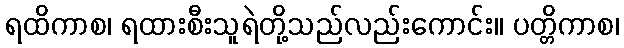
ရထိကာစ၊ ရထားစီးသူရဲတို့သည်လည်းကောင်း။ ပတ္တိကာစ၊